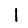
Digit: 1